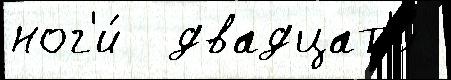
ног'и́  двадцат'и́